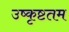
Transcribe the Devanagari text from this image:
उष्कृष्टतम